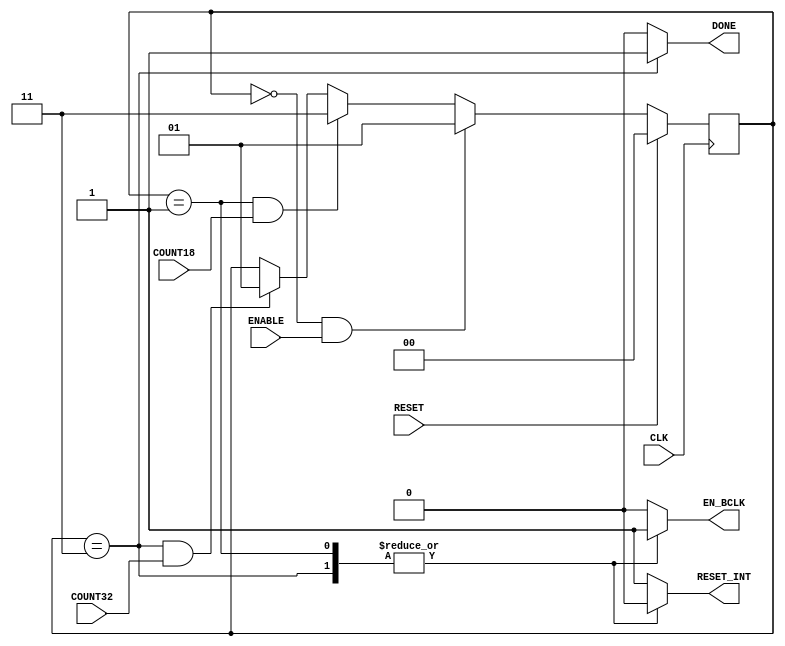
module FSM(RESET,CLK,ENABLE,COUNT18,COUNT32,RESET_INT,DONE, EN_BCLK);

	input wire RESET;
	input wire CLK;
	input wire ENABLE;
	input wire COUNT18;
	input wire COUNT32;
	output reg RESET_INT;
	output reg DONE;
	output reg EN_BCLK;

    localparam E_RESET = 2'b00;
    localparam E_ESPERA = 2'b01;
    localparam E_LEER = 2'b11;

    reg [1:0] NEXT_STATE = E_RESET;
    reg [1:0] STATE = E_RESET;

	always@(RESET, ENABLE, COUNT18, COUNT32, STATE)
		begin
			if(RESET)
				NEXT_STATE = E_RESET;
			    else
				if((STATE == E_RESET) && ENABLE)                
				    NEXT_STATE = E_ESPERA;
				else
				    if((STATE == E_ESPERA) && COUNT18)
				        NEXT_STATE = E_LEER;
				    else
				        if((STATE == E_LEER) && COUNT32)
				            NEXT_STATE = E_ESPERA;
				        else
				            NEXT_STATE = STATE;
		end
    
    always@(posedge CLK)
        if(RESET)
            STATE = E_RESET;
        else
            STATE = NEXT_STATE;

    always@(STATE)
        case (STATE)
            E_RESET:
                begin
                    DONE = 1'b0;
                    RESET_INT = 1'b1;
                    EN_BCLK = 1'b0;
                end
            E_ESPERA:
                begin
                    DONE = 1'b0;
                    RESET_INT = 1'b0;
                    EN_BCLK = 1'b1;
                end
            E_LEER:
                begin
                    DONE = 1'b1;
                    RESET_INT = 1'b0;
                    EN_BCLK = 1'b1;
                end
            default:
                begin
                    DONE = 1'b0;
                    RESET_INT = 1'b1;
                    EN_BCLK = 1'b0;
                end
		endcase
endmodule